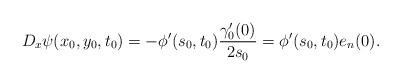
LaTeX: \begin{align*}D_x \psi (x_0, y_0, t_0)=-\phi'(s_0, t_0)\frac{\gamma'_0(0)}{2s_0}=\phi'(s_0, t_0) e_n(0). \end{align*}